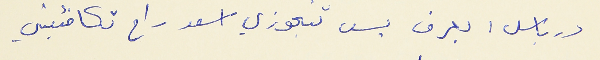
درباس : بعرف بس تتجوزي اسعد راح تكافئيني